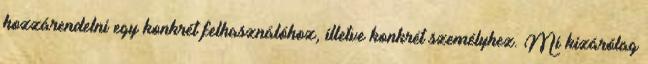
hozzárendelni egy konkrét felhasználóhoz, illetve konkrét személyhez. Mi kizárólag